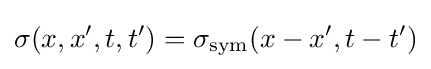
\sigma (x,x',t,t')=\sigma _{\rm {sym}}(x-x',t-t')